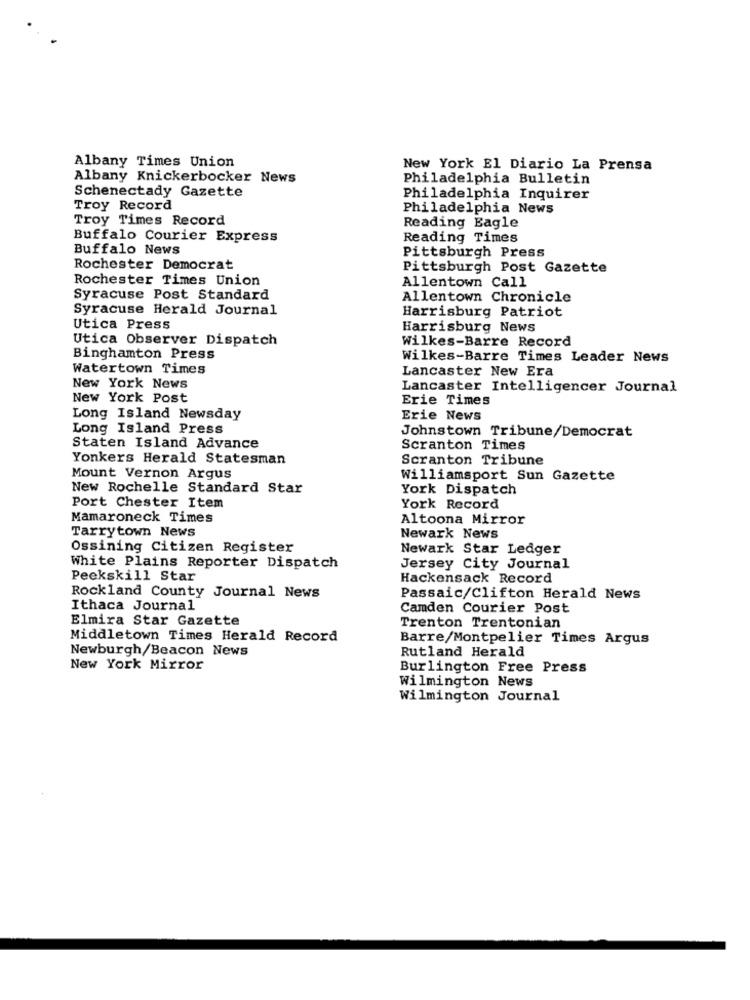
Albany Times Union
New York El Diario La Prensa
Albany Knickerbocker News
Philadelphia Bulletin
Schenectady Gazette
Philadelphia Inquirer
Troy Record
Philadelphia News
Troy Times Record
Reading Eagle
Buffalo Courier Express
Reading Times
Buffalo News
Pittsburgh Press
Rochester Democrat
Pittsburgh Post Gazette
Rochester Times Union
Allentown Call
Syracuse Post Standard
Allentown Chronicle
Syracuse Herald Journal
Harrisburg Patriot
Utica Press
Harrisburg News
Utica Observer Dispatch
Wilkes-Barre Record
Binghamton Press
Wilkes-Barre Times Leader News
Watertown Times
Lancaster New Era
New York News
Lancaster Intelligencer Journal
New York Post
Erie Times
Long Island Newsday
Erie News
Long Island Press
Johnstown Tribune/Democrat
Staten Island Advance
Scranton Times
Yonkers Herald Statesman
Scranton Tribune
Mount Vernon Argus
Williamsport Sun Gazette
New Rochelle Standard Star
York Dispatch
Port Chester Item
York Record
Mamaroneck Times
Altoona Mirror
Tarrytown News
Newark News
Ossining Citizen Register
Newark Star Ledger
White Plains Reporter Dispatch
Jersey City Journal
Peekskill Star
Hackensack Record
Rockland County Journal News
Passaic/Clifton Herald News
Ithaca Journal
Camden Courier Post
Elmira Star Gazette
Trenton Trentonian
Middletown Times Herald Record
Barre/Montpelier Times Argus
Newburgh/Beacon News
Rutland Herald
New York Mirror
Burlington Free Press
Wilmington News
Wilmington Journal